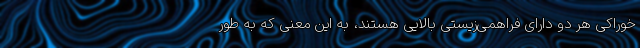
خوراکی هر دو دارای فراهمی‌زیستی بالایی هستند، به این معنی که به طور